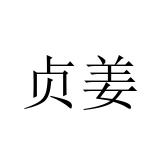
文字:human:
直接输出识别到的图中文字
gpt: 贞姜